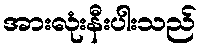
အားလုံးနီးပါးသည်